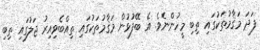
ފަދަ މަޤާމުތަކުގައި ތިބި މީހުންނެވެ. އެ ބޭފުޅުން މަޤާމުތަކުގައި ތިއްބެވިއިރު ޖަލުގައި ތިބި